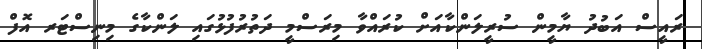
ރައީސް އަބުދު ޔާމީން ސުރީލަންކާއަށް ކުރައްވާ މިރަސްމީ ދަތުރުފުޅުގައި ލަންކާގެ މިނިސްޓަރ އޮފް